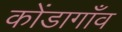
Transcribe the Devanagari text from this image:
कोंडागाँव